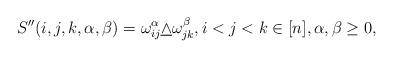
LaTeX: \begin{align*}S''(i,j,k,\alpha,\beta)=\omega_{ij}^\alpha\underline\wedge\omega_{jk}^\beta,i<j<k\in[n], \alpha,\beta\geq 0, \end{align*}